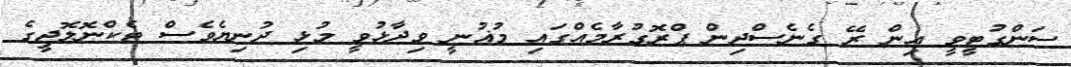
ސަންގުޓީވީ އިން ރޭ ގެނެސްދިން ޕްރޮގުރާމެއްގައި މުޣުނީ ވިދާޅުވީ މުޅި ދުނިޔެވެސް ޓެކްނޮލޮޖީގެ